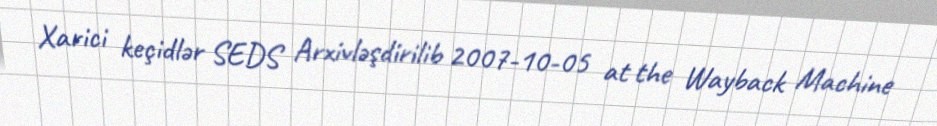
Xarici keçidlər SEDS Arxivləşdirilib 2007-10-05 at the Wayback Machine